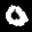
Label: 0